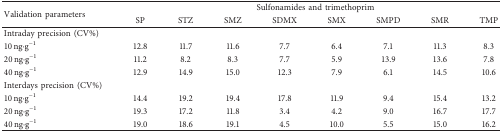
<table><thead><tr><td rowspan="2"><b>Validation parameters</b></td><td colspan="8"><b>Sulfonamides and trimethoprim</b></td></tr><tr><td><b>SP</b></td><td><b>STZ</b></td><td><b>SMZ</b></td><td><b>SDMX</b></td><td><b>SMX</b></td><td><b>SMPD</b></td><td><b>SMR</b></td><td><b>TMP</b></td></tr></thead><tbody><tr><td>Intraday precision (CV%)</td><td> </td><td> </td><td> </td><td> </td><td> </td><td> </td><td> </td><td> </td></tr><tr><td>10 ng·g<sup>−1</sup></td><td>12.8</td><td>11.7</td><td>11.6</td><td>7.7</td><td>6.4</td><td>7.1</td><td>11.3</td><td>8.3</td></tr><tr><td>20 ng·g<sup>−1</sup></td><td>11.2</td><td>8.2</td><td>8.3</td><td>7.7</td><td>5.9</td><td>13.9</td><td>13.6</td><td>7.8</td></tr><tr><td>40 ng·g<sup>−1</sup></td><td>12.9</td><td>14.9</td><td>15.0</td><td>12.3</td><td>7.9</td><td>6.1</td><td>14.5</td><td>10.6</td></tr><tr><td>Interdays precision (CV%)</td><td> </td><td> </td><td> </td><td> </td><td> </td><td> </td><td> </td><td> </td></tr><tr><td>10 ng·g<sup>−1</sup></td><td>14.4</td><td>19.2</td><td>19.4</td><td>17.8</td><td>11.9</td><td>9.4</td><td>15.4</td><td>13.2</td></tr><tr><td>20 ng·g<sup>−1</sup></td><td>19.3</td><td>17.2</td><td>11.8</td><td>3.4</td><td>4.2</td><td>9.0</td><td>16.7</td><td>17.7</td></tr><tr><td>40 ng·g<sup>−1</sup></td><td>19.0</td><td>18.6</td><td>19.1</td><td>4.5</td><td>10.0</td><td>5.5</td><td>15.0</td><td>16.2</td></tr></tbody></table>